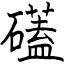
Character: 礚